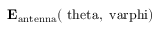
\mathrm { \mathbf { E } _ { a n t e n n a } ( \ t h e t a , \ v a r p h i ) }